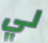
لي